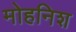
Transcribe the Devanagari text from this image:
मोहनिश